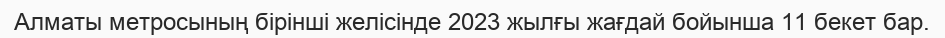
Алматы метросының бірінші желісінде 2023 жылғы жағдай бойынша 11 бекет бар.